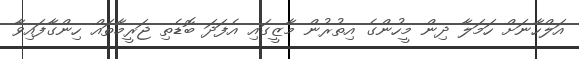
އަލްހާނަށް ހަމަލާ ދިން މީހުންގެ އިތުރުން މާޒީގައި އެފަދަ ބޮޑެތި ޖަރީމާތައް ހިންގާފައިވާ